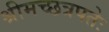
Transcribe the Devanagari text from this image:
श्रीमच्छत्रपतेः